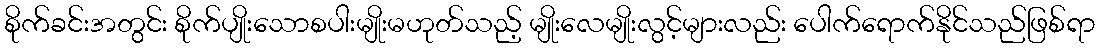
စိုက်ခင်းအတွင်း စိုက်ပျိုးသောစပါးမျိုးမဟုတ်သည့် မျိုးလေမျိုးလွင့်များလည်း ပေါက်ရောက်နိုင်သည်ဖြစ်ရာ